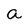
Character: a